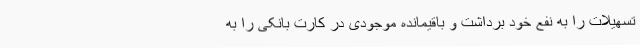
تسهیلات را به نفع خود برداشت و باقیمانده موجودی در کارت بانکی را به